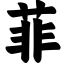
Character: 菲